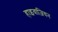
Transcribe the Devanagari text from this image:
हाइवाज़ियन